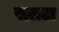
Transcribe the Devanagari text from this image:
सलटा